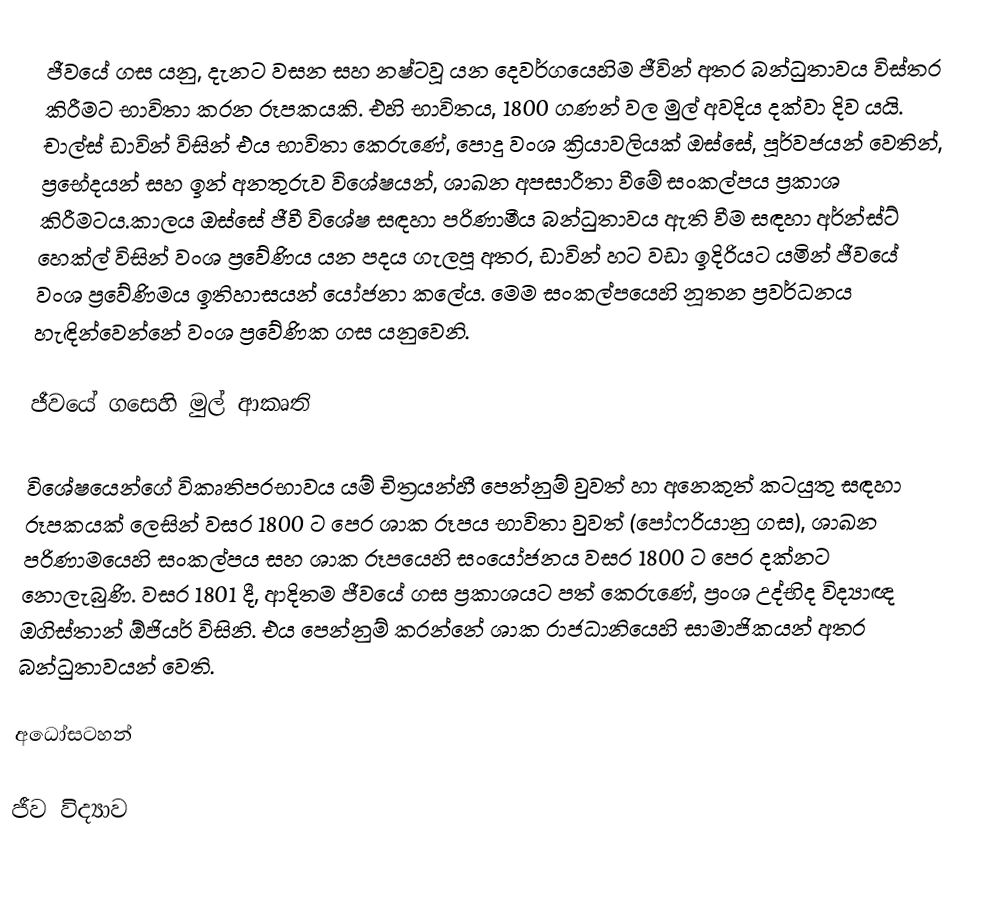
ජීවයේ ගස යනු, දැනට වසන සහ නෂ්ටවූ යන දෙවර්ගයෙහිම ජීවින් අතර බන්ධුතාවය විස්තර කිරීමට භාවිතා කරන රූපකයකි. එහි භාවිතය, 1800 ගණන් වල මුල් අවදිය දක්වා දිව යයි. චාල්ස් ඩාවින් විසින් එය භාවිතා කෙරුණේ,  පොදු වංශ ක්‍රියාවලියක් ඔස්සේ, පූර්වජයන් වෙතින්,  ප්‍රභේදයන් සහ ඉන් අනතුරුව විශේෂයන්, ශාඛන අපසාරීතා වීමේ සංකල්පය ප්‍රකාශ කිරීමටය.කාලය ඔස්සේ ජීවී විශේෂ සඳහා පරිණාමීය බන්ධුතාවය ඇති වීම සඳහා අර්න්ස්ට් හෙක්ල් විසින් වංශ ප්‍රවේණිය යන පදය ගැලපූ අතර, ඩාවින් හට වඩා ඉදිරියට යමින් ජීවයේ වංශ ප්‍රවේණිමය ඉතිහාසයන් යෝජනා කලේය. මෙම සංකල්පයෙහි නූතන ප්‍රවර්ධනය හැඳින්වෙන්නේ වංශ ප්‍රවේණික ගස යනුවෙනි.

ජීවයේ ගසෙහි මුල් ආකෘති

විශේෂයෙන්ගේ විකෘතිපරභාවය යම් චිත්‍රයන්හී පෙන්නුම් වුවත් හා  අනෙකුත් කටයුතු සඳහා රූපකයක් ලෙසින් වසර 1800 ට පෙර ශාක රූපය භාවිතා වුවත් (පෝෆරියානු ගස), ශාඛන පරිණාමයෙහි සංකල්පය සහ ශාක රූපයෙහි සංයෝජනය වසර 1800 ට පෙර දක්නට නොලැබුණි. වසර 1801 දී, ආදිතම ජීවයේ ගස ප්‍රකාශයට පත් කෙරුණේ, ප්‍රංශ උද්භිද විද්‍යාඥ ඔගිස්තාන් ඕජියර් විසිනි. එය පෙන්නුම් කරන්නේ ශාක රාජධානියෙහි සාමාජිකයන් අතර බන්ධුතාවයන් වෙති.

අධෝසටහන්

ජීව විද්‍යාව